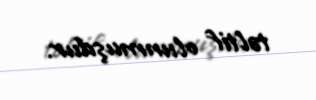
təltif olunmuşdur.